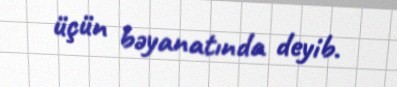
üçün bəyanatında deyib.